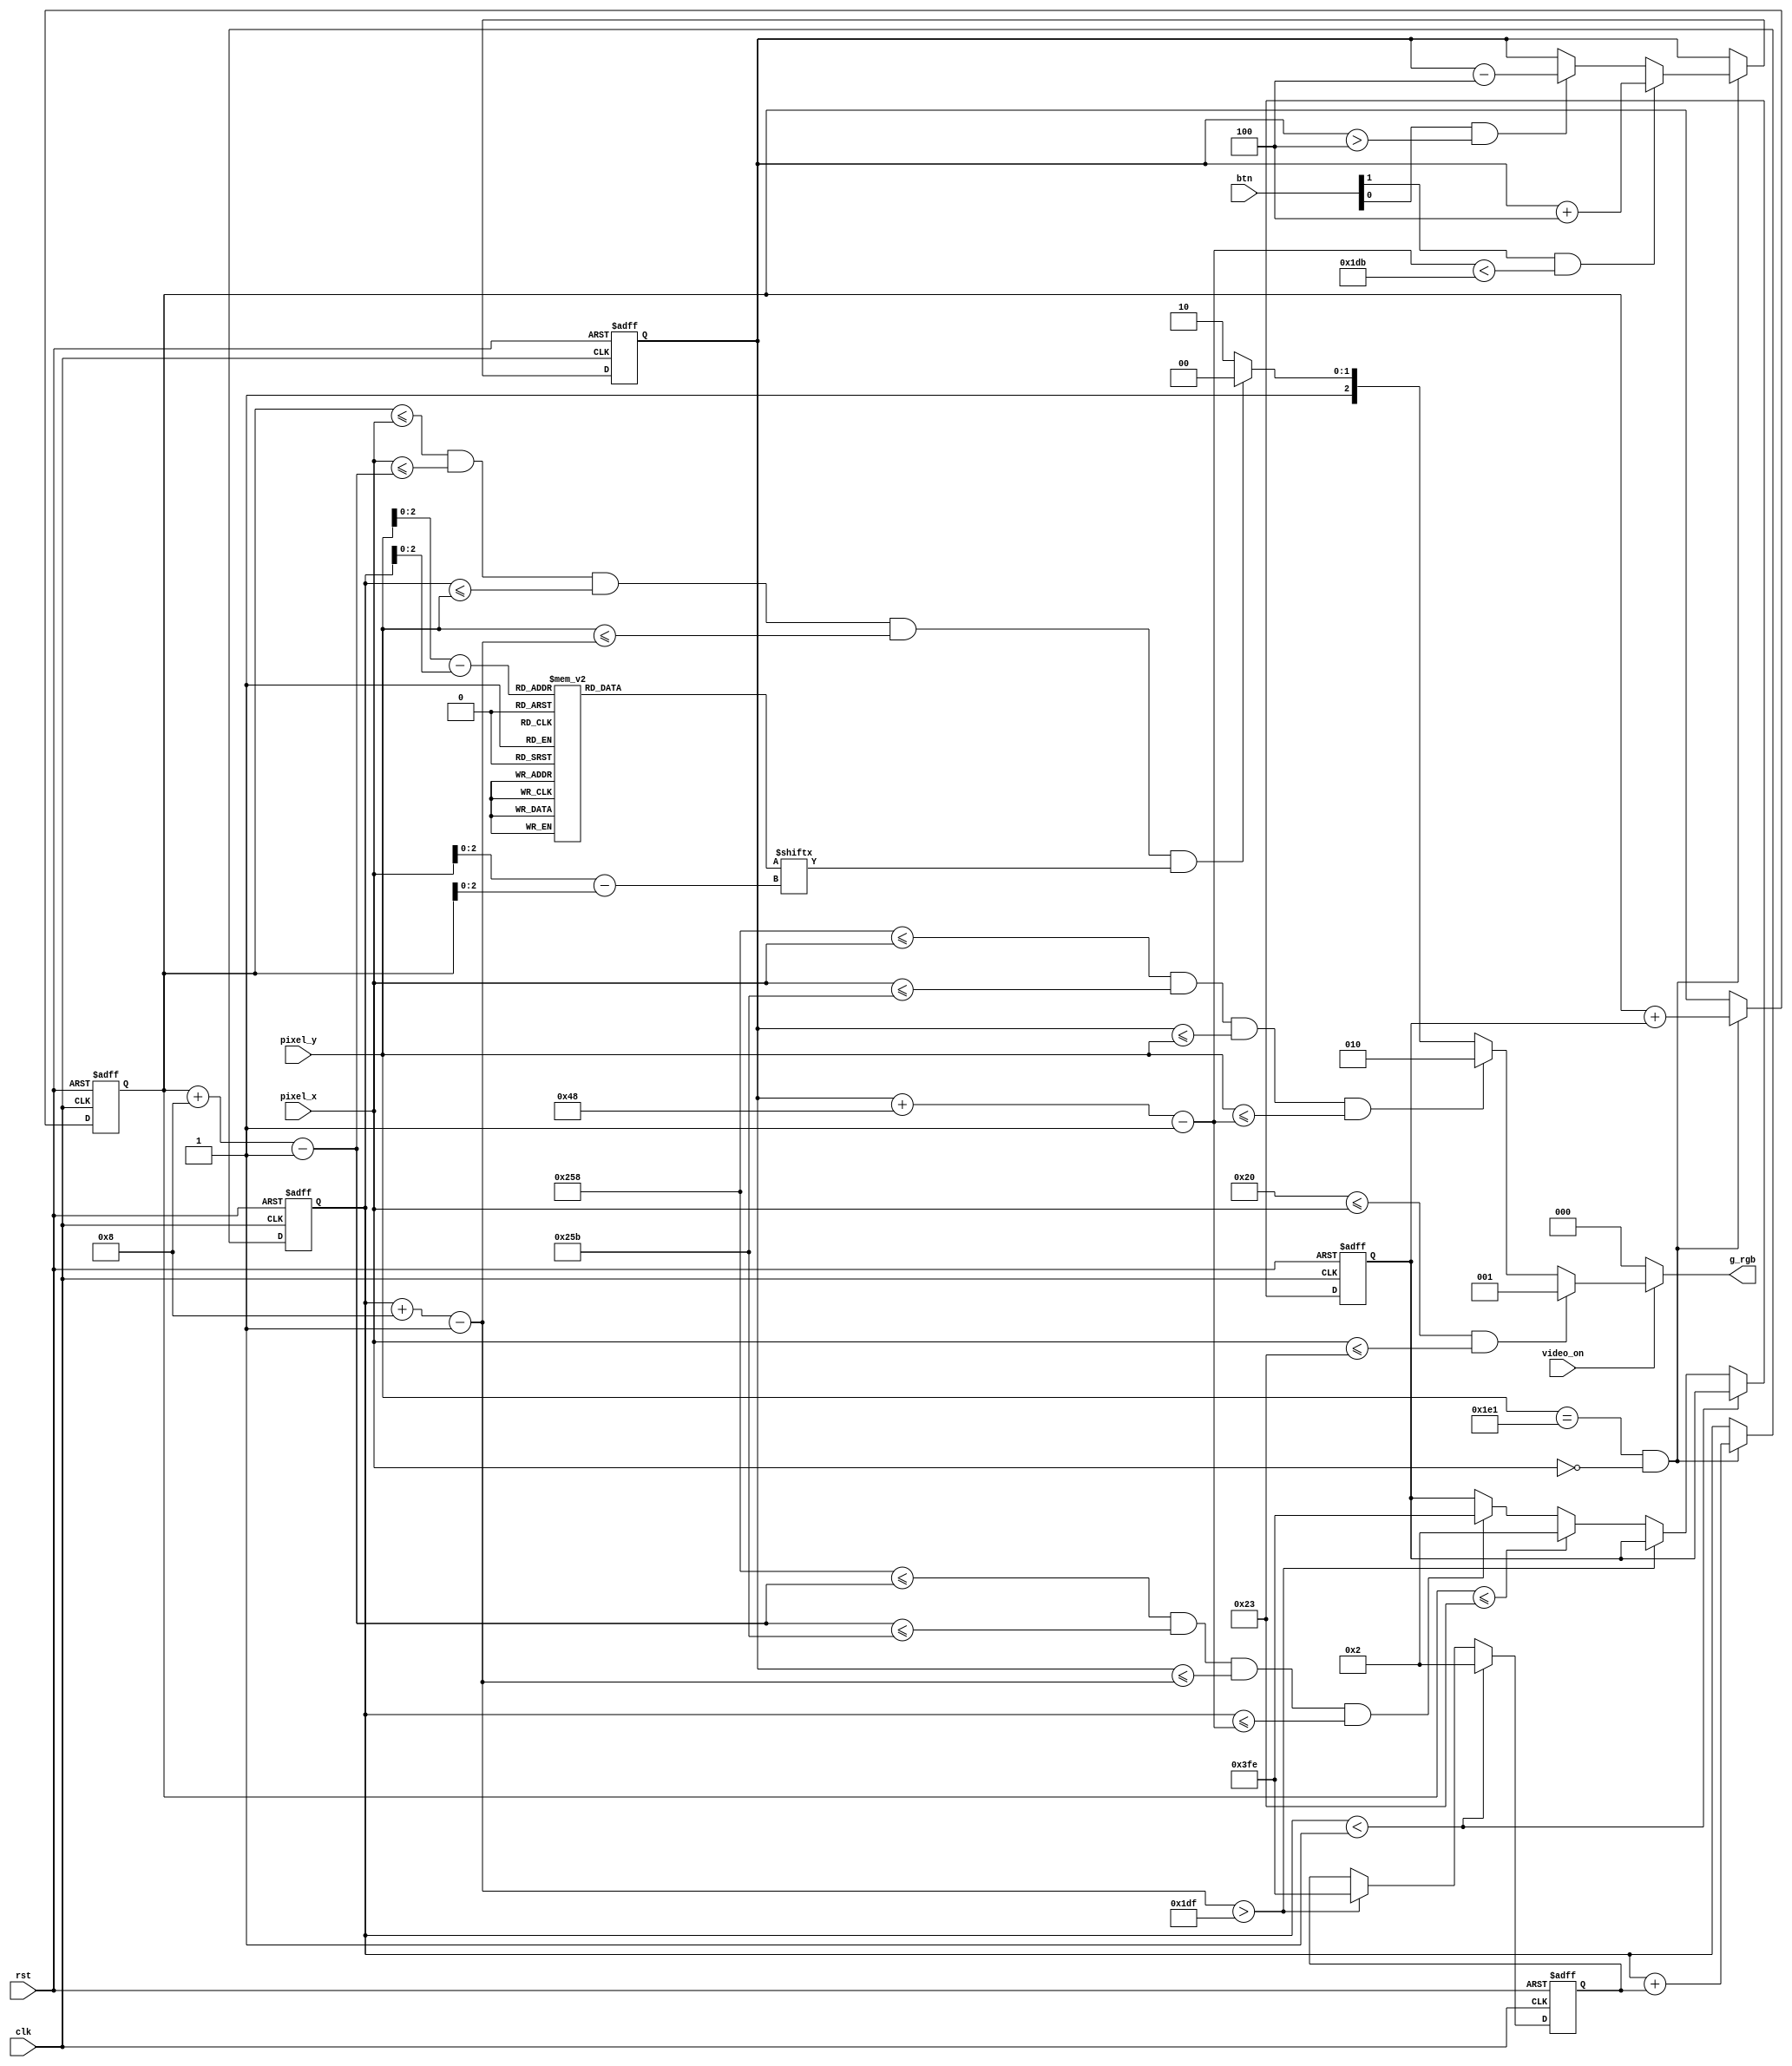
`timescale 1ns / 1ps
//////////////////////////////////////////////////////////////////////////////////
// Company: 
// Engineer: 
// 
// Design Name: 
// Module Name:    pong_graph_animation 
// Project Name: 
// Target Devices: 
// Tool versions: 
// Description: 
//
// Dependencies: 
//
// Revision: 
// Revision 0.01 - File Created
// Additional Comments: 
//
//////////////////////////////////////////////////////////////////////////////////
module pong_graph_animation( clk, rst, video_on, btn, pixel_x, pixel_y, g_rgb );

//inputs
input wire clk, rst, video_on;
input wire [1:0] btn;
input wire [9:0] pixel_x, pixel_y;

//outputs
output reg [2:0] g_rgb;

// costant and signal declaration
   // x, y coordinates (0,0) to (639,479)
   localparam MAX_X = 640;
   localparam MAX_Y = 480;
   wire refr_tick;
   //--------------------------------------------
   // vertical strip as a wall
   //--------------------------------------------
   // wall left, right boundary
   localparam WALL_X_L = 32;
   localparam WALL_X_R = 35;
   //--------------------------------------------
   // right vertical bar
   //--------------------------------------------
   // bar left, right boundary
   localparam BARR_X_L = 600;
   localparam BARR_X_R = 603;
   // bar top, bottom boundary
   wire [9:0] barr_y_t, barr_y_b;
   localparam BARR_Y_SIZE = 72;
   // register to track top boundary  (x position is fixed)
   reg [9:0] barr_y_reg, barr_y_next;
   // bar moving velocity when the button are pressed
   localparam BARR_V = 4;
   //--------------------------------------------
   // left vertical bar
   //--------------------------------------------
   // bar left, right boundary
   //localparam BARL_X_L = 40;
   //localparam BARL_X_R = 43;
   // bar top, bottom boundary
   wire [9:0] barl_y_t, barl_y_b;
   localparam BARL_Y_SIZE = 72;
   // register to track top boundary  (x position is fixed)
   reg [9:0] barl_y_reg, barl_y_next;
   // bar moving velocity when the button are pressed
   localparam BARL_V = 4;
   //--------------------------------------------
   // square ball
   //--------------------------------------------
   localparam BALL_SIZE = 8;
   // ball left, right boundary
   wire [9:0] ball_x_l, ball_x_r;
   // ball top, bottom boundary
   wire [9:0] ball_y_t, ball_y_b;
   // reg to track left, top position
   reg [9:0] ball_x_reg, ball_y_reg;
   wire [9:0] ball_x_next, ball_y_next;
   // reg to track ball speed
   reg [9:0] x_delta_reg, x_delta_next;
   reg [9:0] y_delta_reg, y_delta_next;
   // ball velocity can be pos or neg)
   localparam BALL_V_P = 2;
   localparam BALL_V_N = -2;
   //--------------------------------------------
   // round ball 
   //--------------------------------------------
   wire [2:0] rom_addr, rom_col;
   reg [7:0] rom_data;
   wire rom_bit;
   //--------------------------------------------
   // object output signals
   //--------------------------------------------
   wire wall_on, barr_on, barl_on, sq_ball_on, rd_ball_on;
   wire [2:0] wall_rgb, barr_rgb, barl_rgb, ball_rgb;
   //--------------------------------------------
   // AI variables
   //--------------------------------------------
   //reg [9:0] ball_center;
   //reg [9:0] paddlel_center;
   //reg [9:0] paddler_center;
   //--------------------------------------------
   // Angle varibles
   //--------------------------------------------
   //reg [9:0] hit_point;
   // body 
   //--------------------------------------------
   // round ball image ROM
   //--------------------------------------------
   always @*
   case (rom_addr)
      3'h0: rom_data = 8'b00111100; //   ****
      3'h1: rom_data = 8'b01111110; //  ******
      3'h2: rom_data = 8'b11111111; // ********
      3'h3: rom_data = 8'b11111111; // ********
      3'h4: rom_data = 8'b11111111; // ********
      3'h5: rom_data = 8'b11111111; // ********
      3'h6: rom_data = 8'b01111110; //  ******
      3'h7: rom_data = 8'b00111100; //   ****
   endcase
   
   // registers
   always @(posedge clk, posedge rst)
      if (rst)
         begin
            barr_y_reg <= 0;
            ball_x_reg <= 0;
            ball_y_reg <= 0;
            x_delta_reg <= 10'h004;
            y_delta_reg <= 10'h004;
         end   
      else
         begin
            barr_y_reg <= barr_y_next;
            ball_x_reg <= ball_x_next;
            ball_y_reg <= ball_y_next;
            x_delta_reg <= x_delta_next;
            y_delta_reg <= y_delta_next;
         end   

   // refr_tick: 1-clock tick asserted at start of v-sync
   //       i.e., when the screen is refreshed (60 Hz)
   assign refr_tick = (pixel_y==481) && (pixel_x==0);
   
   // //--------------------------------------------
   // // (wall) left vertical strip
   // //--------------------------------------------
   // // pixel within wall
    assign wall_on = (WALL_X_L<=pixel_x) && (pixel_x<=WALL_X_R);
   // // wall rgb output
    assign wall_rgb = 3'b001; // blue

   //--------------------------------------------
   // right vertical bar
   //--------------------------------------------
   // boundary
   assign barr_y_t = barr_y_reg;
   assign barr_y_b = barr_y_t + BARR_Y_SIZE - 1;
   // pixel within bar
   assign barr_on = (BARR_X_L<=pixel_x) && (pixel_x<=BARR_X_R) &&
                   (barr_y_t<=pixel_y) && (pixel_y<=barr_y_b); 
   // bar rgb output
   assign barr_rgb = 3'b010; // green
   // new bar y-position
   always @*
   begin
      barr_y_next = barr_y_reg; // no move
      //if (gra_still) // initial position of paddle
        // barr_y_next = (MAX_Y-BARR_Y_SIZE)/2;
      if (refr_tick)
         if (btn[1] & (barr_y_b < (MAX_Y-1-BARR_V)))
            barr_y_next = barr_y_reg + BARR_V; // move down
         else if (btn[0] & (barr_y_t > BARR_V)) 
            barr_y_next = barr_y_reg - BARR_V; // move up
   end  
   
   // //--------------------------------------------
   // // left vertical bar (HUMAN)
   // //--------------------------------------------
   // // boundary
   //assign barl_y_t = barl_y_reg;
   //assign barl_y_b = barl_y_t + BARL_Y_SIZE - 1;
   // // pixel within bar
   //assign barl_on = (BARL_X_L<=pix_x) && (pix_x<=BARL_X_R) &&
   //                 (barl_y_t<=pix_y) && (pix_y<=barl_y_b); 
   // // bar rgb output
   // assign barl_rgb = 3'b101; // purple
   // // new bar y-position
   // always @*
   // begin
   //    barl_y_next = barl_y_reg; // no move
   //    if (gra_still) // initial position of paddle
   //       barl_y_next = (MAX_Y-BARL_Y_SIZE)/2;
   //    else if (refr_tick)
   //       if (btn2[1] & (barl_y_b < (MAX_Y-1-BARL_V)))
   //          barl_y_next = barl_y_reg + BARL_V; // move down
   //       else if (btn2[0] & (barl_y_t > BARL_V)) 
   //          barl_y_next = barl_y_reg - BARL_V; // move up
   // end
   
   //--------------------------------------------
   // left vertical bar (AI/HUMAN)
   //--------------------------------------------
   // boundary
   /*assign barl_y_t = barl_y_reg;
   assign barl_y_b = barl_y_t + BARL_Y_SIZE - 1;
   // pixel within bar
   assign barl_on = (BARL_X_L<=pix_x) && (pix_x<=BARL_X_R) &&
                   (barl_y_t<=pix_y) && (pix_y<=barl_y_b); 
   // bar rgb output
   assign barl_rgb = 3'b101; // purple
   // new bar y-position
   always @*
   begin
      if (ai_switch)
         begin
            if (ball_x_l < 2*(MAX_X / 3) && refr_tick)
               begin
                  ball_center = ball_y_t + ((ball_y_b - ball_y_t) / 2);
                  paddlel_center = barl_y_t + ((barl_y_b - barl_y_t) / 2);
                  if (ball_center < paddlel_center)
                     begin
                        barl_y_next = barl_y_reg - 3; // move up
                        if (barl_y_next <= 5)
                           barl_y_next = 5;
                     end
                  else if (ball_center > paddlel_center)
                     begin
                        barl_y_next = barl_y_reg + 3; // move down
                        if (barl_y_next + BARL_Y_SIZE >= MAX_Y)
                           barl_y_next = MAX_Y - BARL_Y_SIZE;
                     end
                  else
                     barl_y_next = barl_y_reg; // no move
               end
            else
               barl_y_next = barl_y_reg; // no move
         end
      else
         begin
            barl_y_next = barl_y_reg; // no move
            if (gra_still) // initial position of paddle
               barl_y_next = (MAX_Y-BARL_Y_SIZE)/2;
            else if (refr_tick)
               if (btn2[1] && (barl_y_b < (MAX_Y-1-BARL_V)))
                  barl_y_next = barl_y_reg + BARL_V; // move down
               else if (btn2[0] && (barl_y_t > BARL_V)) 
                  barl_y_next = barl_y_reg - BARL_V; // move up
         end
   end
   */
   //--------------------------------------------
   // square ball
   //--------------------------------------------
   // boundary
   assign ball_x_l = ball_x_reg;
   assign ball_y_t = ball_y_reg;
   assign ball_x_r = ball_x_l + BALL_SIZE - 1;
   assign ball_y_b = ball_y_t + BALL_SIZE - 1;
   // pixel within ball
   assign sq_ball_on =(ball_x_l<=pixel_x) && (pixel_x<=ball_x_r) &&
							 (ball_y_t<=pixel_y) && (pixel_y<=ball_y_b);
   // map current pixel location to ROM addr/col
   assign rom_addr = pixel_y[2:0] - ball_y_t[2:0];
   assign rom_col = pixel_x[2:0] - ball_x_l[2:0];
   assign rom_bit = rom_data[rom_col];
   // pixel within ball
   assign rd_ball_on = sq_ball_on & rom_bit;
   // ball rgb output
   assign ball_rgb = 3'b100;   // black
  
   // new ball position
   assign ball_x_next = (refr_tick) ? ball_x_reg+x_delta_reg :
                        ball_x_reg ;
   assign ball_y_next = (refr_tick) ? ball_y_reg+y_delta_reg :
                        ball_y_reg ;
   // new ball velocity
   always @*   
   begin
      //hit = 1'b0;
      //miss = 1'b0;
      x_delta_next = x_delta_reg;
      y_delta_next = y_delta_reg;
      
      //ball_center = ball_y_t + ((ball_y_b - ball_y_t) / 2);
      /*
      if (gra_still)     // initial velocity
         begin
            x_delta_next = BALL_V_N;
            y_delta_next = BALL_V_P;
         end   
      else
		*/
		if (ball_y_t < 1) // reach top
         y_delta_next = BALL_V_P;
      else if (ball_y_b > (MAX_Y-1)) // reach bottom
         y_delta_next = BALL_V_N;
		else if(ball_x_l <= WALL_X_R)//REACH WALL
			x_delta_next = BALL_V_P;
      else if ((BARR_X_L<=ball_x_r) && (ball_x_r<=BARR_X_R) &&
               (barr_y_t<=ball_y_b) && (ball_y_t<=barr_y_b))
			x_delta_next = BALL_V_N;
		end
         //begin
            // reach x of right bar and hit, ball bounce back
            //x_delta_next = BALL_V_N;
				/*
            hit_point = ball_center - barr_y_t;
            if (hit_point < (BARR_Y_SIZE / 5))
               x_delta_next = -4;
            else if (hit_point < 2*(BARR_Y_SIZE / 5))
               x_delta_next = -3;
            else if (hit_point < 3*(BARR_Y_SIZE / 5))
               x_delta_next = -2;
            else if (hit_point < 4*(BARR_Y_SIZE / 5))
               x_delta_next = -3;
            else
               x_delta_next = -4;
               
            if (ai_switch)
               hit = 1'b0;
            else
               hit = 1'b1;
         end
      else if ((BARL_X_L<=ball_x_l) && (ball_x_l<=BARL_X_R) &&
               (barl_y_t<=ball_y_b) && (ball_y_t<=barl_y_b))
         begin
            // reach x of left bar and hit, ball bounce back
            //x_delta_next = BALL_V_P;
            hit_point = ball_center - barr_y_t;
            if (hit_point < (BARR_Y_SIZE / 5))
               x_delta_next = 4;
            else if (hit_point < 2*(BARR_Y_SIZE / 5))
               x_delta_next = 3;
            else if (hit_point < 3*(BARR_Y_SIZE / 5))
               x_delta_next = 2;
            else if (hit_point < 4*(BARR_Y_SIZE / 5))
               x_delta_next = 3;
            else
               x_delta_next = 4;
               
            if (ai_switch)
               hit = 1'b0;
            else
               hit = 1'b1;
         end
      else if (ball_x_r >= MAX_X - 10)   // reach right border
         miss = 1'b1;            // a miss
      else if (ball_x_r <= 10)   // reach left border
         begin
            if (ai_switch)
               hit = 1'b1;
            else
               miss = 1'b1;
         end
   end 
	*/
   //--------------------------------------------
   // rgb multiplexing circuit
   //--------------------------------------------
   always @* 
		if(~video_on)
			g_rgb = 3'b000; // blank
		else
      if (wall_on)
         g_rgb = wall_rgb;
      else if (barr_on)
         g_rgb = barr_rgb;
      else if (rd_ball_on)
         g_rgb = ball_rgb;
      else
         g_rgb = 3'b110; // black background
  

endmodule